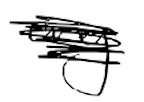
Text: any
Cross-out: scratch
Writing tool: digital_black